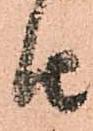
由